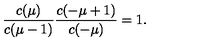
\frac { c ( \mu ) } { c ( \mu - 1 ) } \frac { c ( - \mu + 1 ) } { c ( - \mu ) } = 1 .